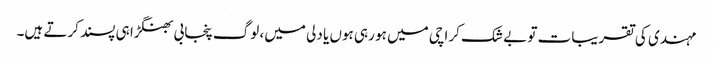
مہندی کی تقریبات تو بے شک کراچی میں ہو رہی ہوں یا دلی میں، لوگ پنجابی بھنگڑا ہی پسند کرتے ہیں۔